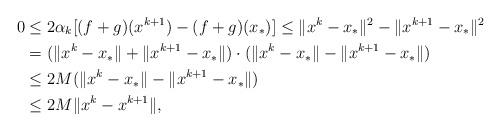
LaTeX: \begin{align*} 0&\le2\alpha_k[(f+g)(x^{k+1})-(f+g)(x_*)]\le\|x^k-x_*\|^2-\|x^{k+1}-x_*\|^2\\&=(\|x^k-x_*\|+\|x^{k+1}-x_*\|)\cdot(\|x^k-x_*\|-\|x^{k+1}-x_*\|)\\&\le2M(\|x^k-x_*\|-\|x^{k+1}-x_*\|)\\&\le 2M\|x^k-x^{k+1}\|,\end{align*}